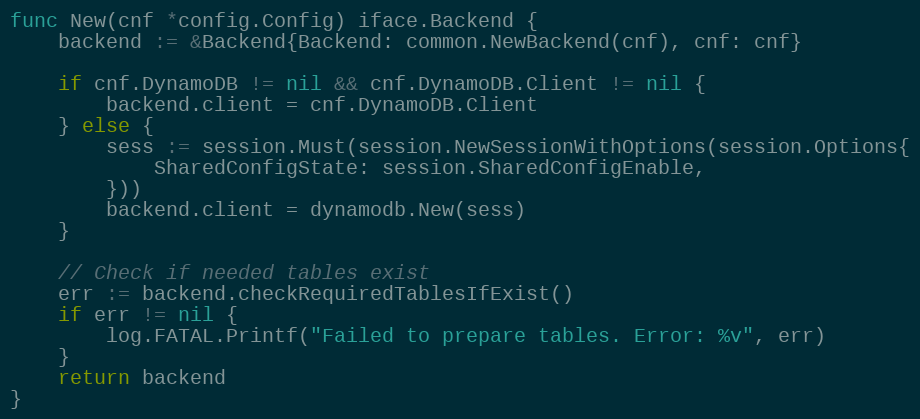
Language: Go
func New(cnf *config.Config) iface.Backend {
	backend := &Backend{Backend: common.NewBackend(cnf), cnf: cnf}

	if cnf.DynamoDB != nil && cnf.DynamoDB.Client != nil {
		backend.client = cnf.DynamoDB.Client
	} else {
		sess := session.Must(session.NewSessionWithOptions(session.Options{
			SharedConfigState: session.SharedConfigEnable,
		}))
		backend.client = dynamodb.New(sess)
	}

	// Check if needed tables exist
	err := backend.checkRequiredTablesIfExist()
	if err != nil {
		log.FATAL.Printf("Failed to prepare tables. Error: %v", err)
	}
	return backend
}